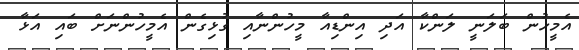
އެމީހުން ބަލަނީ ލަންކާ އަދި އިންޑިއާ މީހުންނާއި ގުޅިގެން އެމީހުންނަށް ބައި އަޅާ